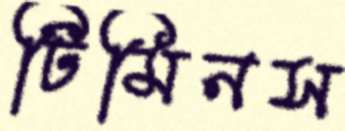
টিমিনস